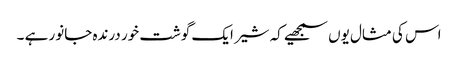
اس کی مثال یوں سمجھیے کہ شیر ایک گوشت خور درندہ جانور ہے ۔